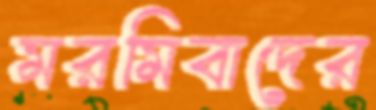
মরমিবাদের